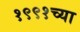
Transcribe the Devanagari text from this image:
१९९१च्या